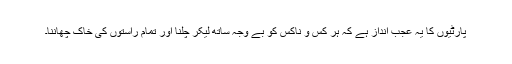
پارٹیوں کا یہ عجب انداز ہے کہ ہر کس و ناکس کو بے وجہ ساتھ لیکر چلنا اور تمام راستوں کی خاک چھاننا۔